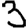
Digit: 3